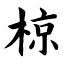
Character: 椋